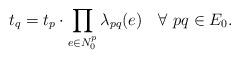
LaTeX: \begin{align*}t_q=t_p\cdot\prod_{e\in N^p_0}\lambda_{pq}(e) \ \ \ \forall \ pq\in E_0.\end{align*}